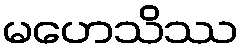
မဟေသိဿ